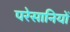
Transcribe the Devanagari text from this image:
परेसानियों